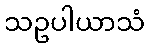
သဥပါယာသံ